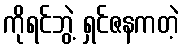
ကိုရင်ဘွဲ့ ရှင်ဇနကတဲ့